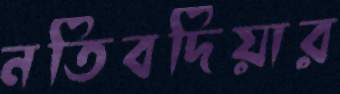
নতিবদিয়ার